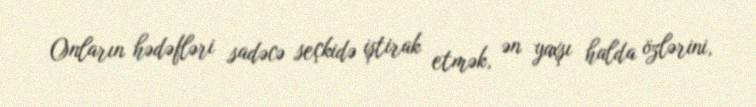
Onların hədəfləri sadəcə seçkidə iştirak etmək, ən yaxşı halda özlərini,